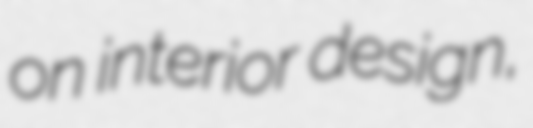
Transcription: on interior design,